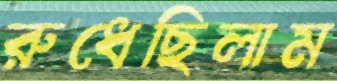
রুধেছিলাম